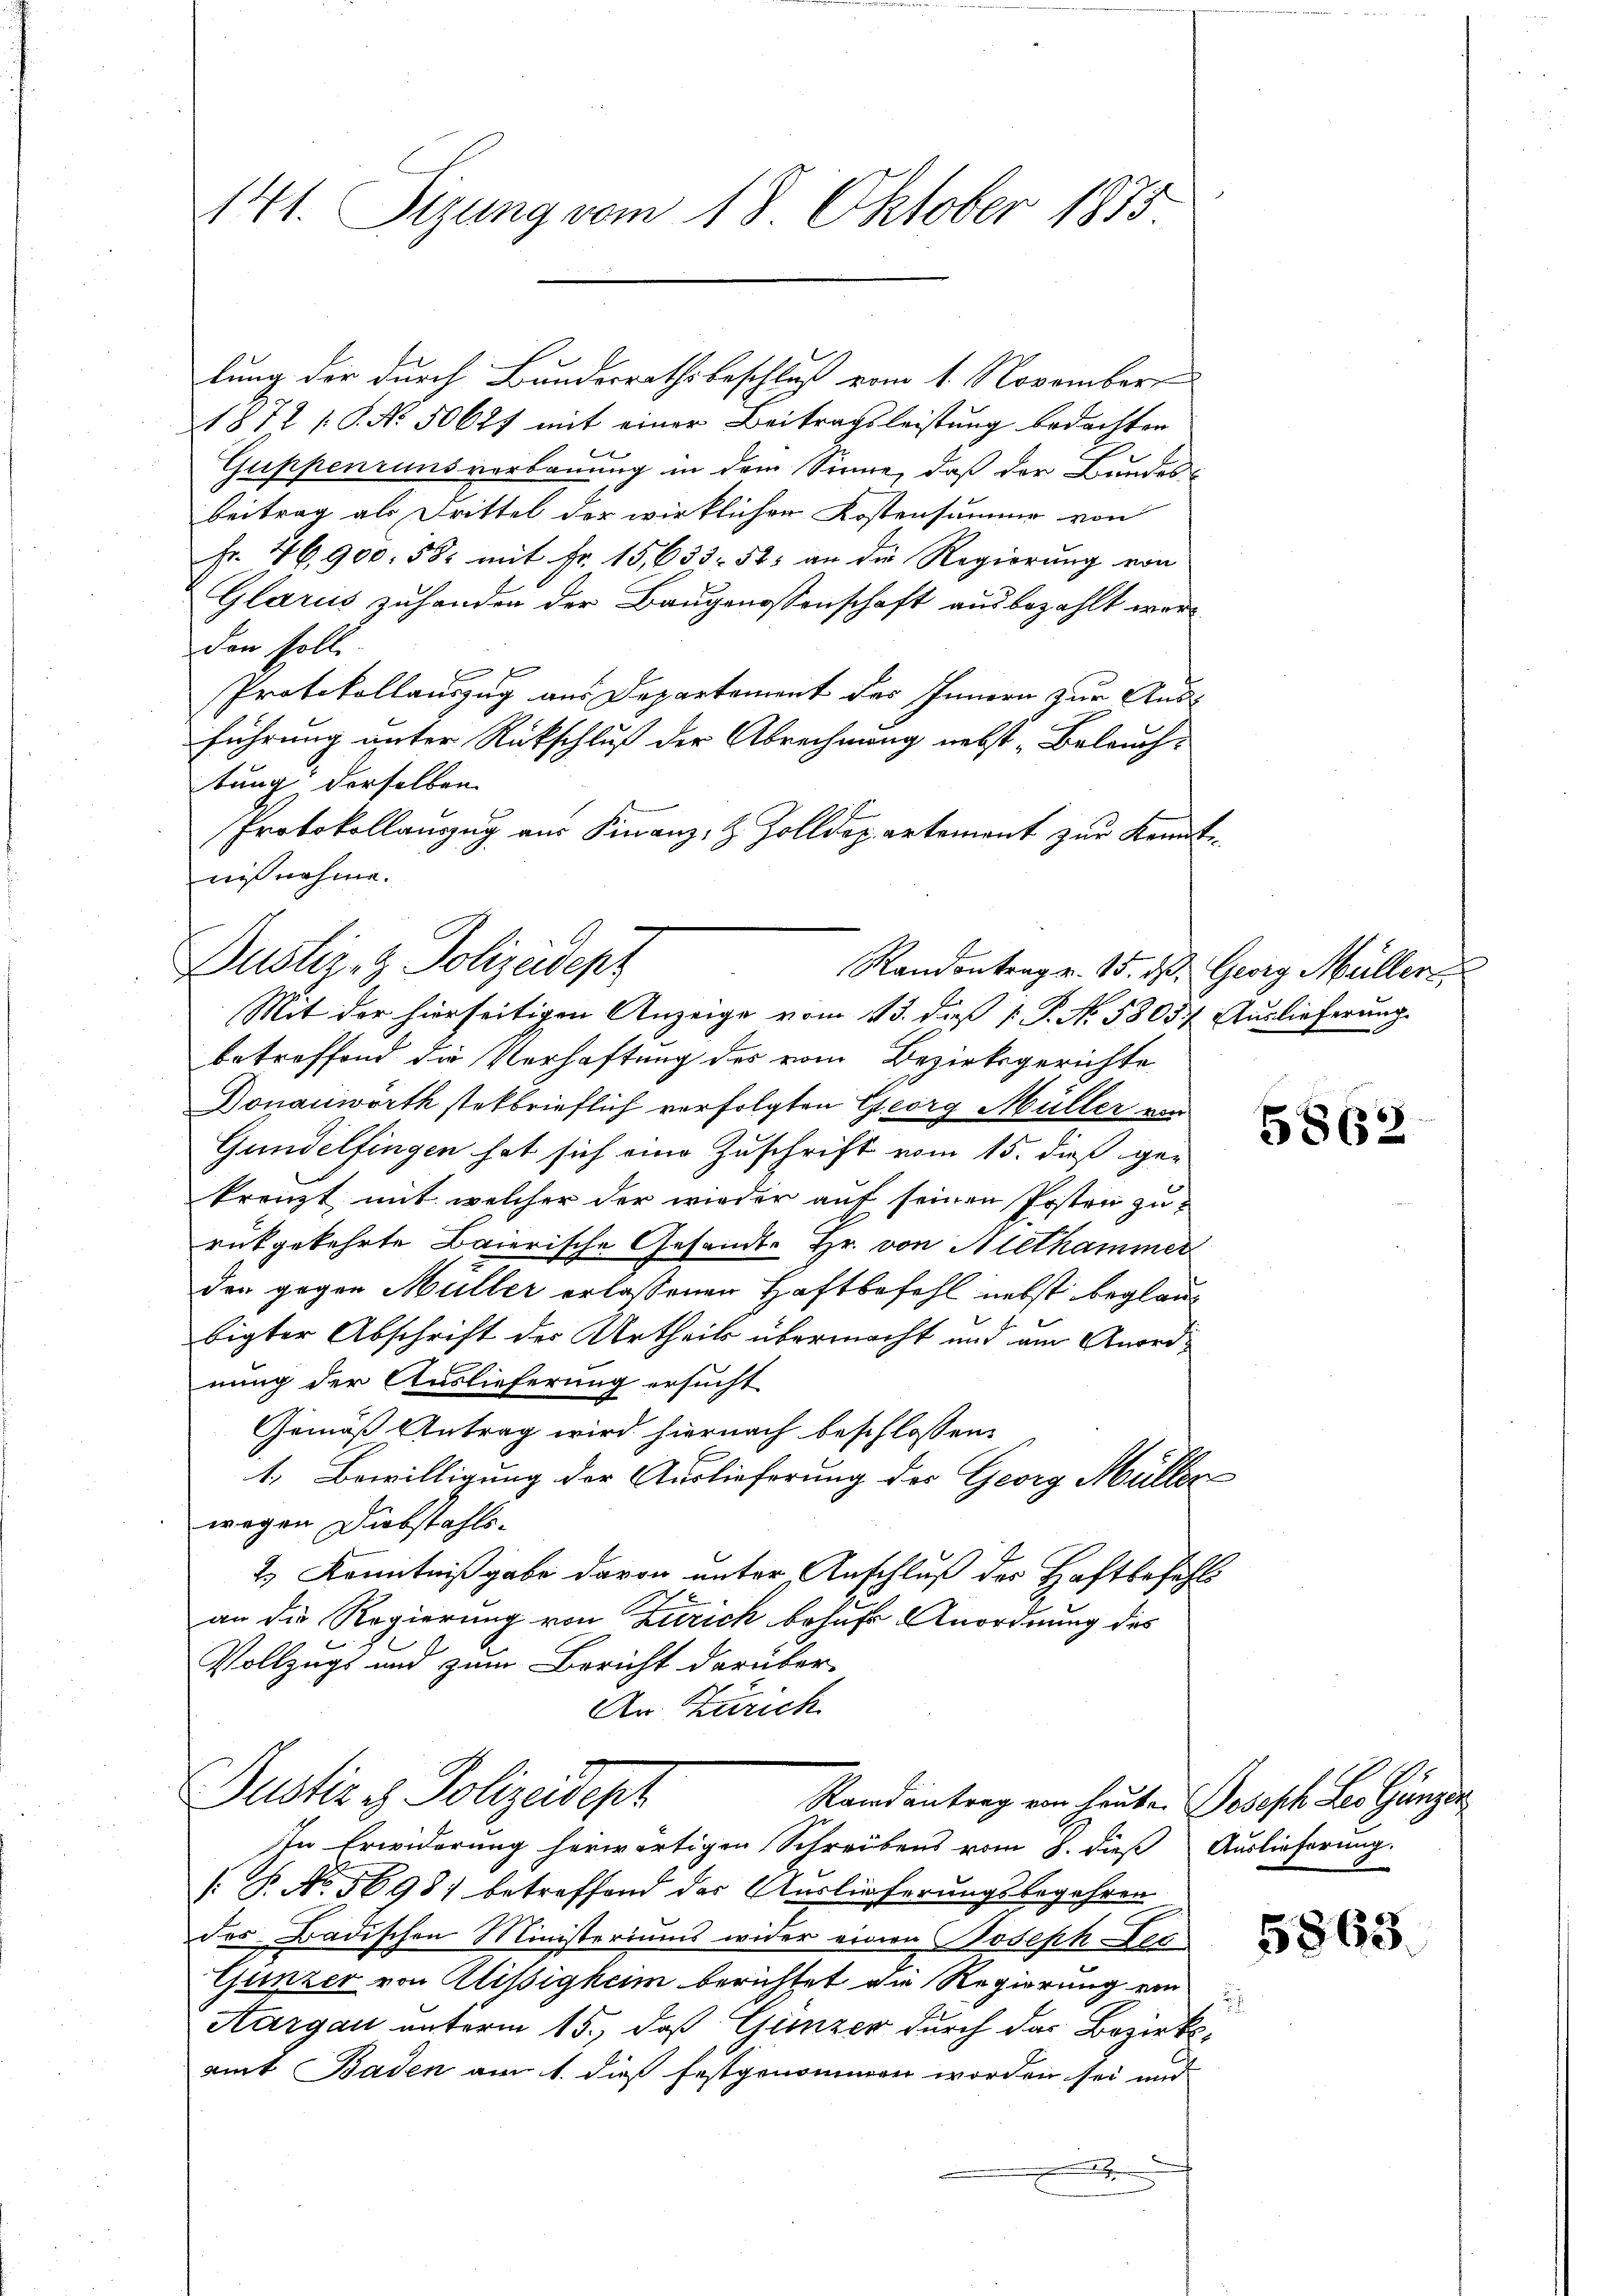
141. Sizung vom 18. Oktober 1875.

lung der durch Bundesrathsbeschluß vom 1. November
1872 P. No. 50627 mit einer Beitragsleistung bedachten
Guppenruns verbauung in dem Sinne, daß der Bundesbeitrag als Drittel der wirklichen Kostensumme von
Fr. 46900. 582 mit Fr. 15,633. 52 an die Regierung von
Glarus zuhanden der Baugenossenschaft ausbezahlt werden soll.
 f
Protokollauszug aus Departement des Innern zur Ausführung unter Rückschluß der Abrechnung nebst Beleuchtung derselben
Protokollauszug aus Finanz- & Zolldepartement zur Kenntnißnahme.
Dustiz- & Polizeidept
Randontrage. 15. d. Georg Müller
Mit der hierseitigen Anzeige vom 13. dieß [ P. No. 5805. Auslieferung
betreffend die Verhaftung des vom Bezirksgerichte
Donauwörth steckbrieflich verfolgten Georg Müller von
Gundelfingen hat sich eine Zuschrift vom 15. dieß gekreuzt mit welcher der wieder auf seinen Posten zu
rükgekehrte Baierische Gesandte Hr. von Alethammer
den gegen Müller erlassenen Haftbefehl nebst beglaubigter Abschrift des Urtheils übermacht und am Anordnung der Auslieferung ersucht
Gemäß Antrag wird hiernach beschlossen:
1. Bewilligung der Auslieferung des Georg Müller
wegen Diebstahls¬
2.) Kenntnißgabe davon unter Anschluß des Haftbefehl
an die Regierung von Zürich behufs Anordnung des
Vollzugs und zum Bericht darüber-
An Zürich
Justiz & Polizeidept
Randantrag ein heute Joseph Leo Gunzer
In Erwiderung herwärtigen Schreibens vom 8. dieß
[T. No. 5698) betreffend der Auslieferungsbegehren
der Badischen Ministeriums wider einen Joseph Loc
Gunzer von Alissigkeim berichtet die Regierung ein
Aargau unterm 15., daß Gunzer durch das Bezirksamt Baden am 1. dieß festgenommen worden sei und
e

5862

Auslieferung.

5863.